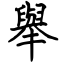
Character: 舉